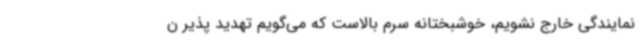
نمایندگی خارج نشویم، خوشبختانه سرم بالاست که می‌گویم تهدید پذیر ن